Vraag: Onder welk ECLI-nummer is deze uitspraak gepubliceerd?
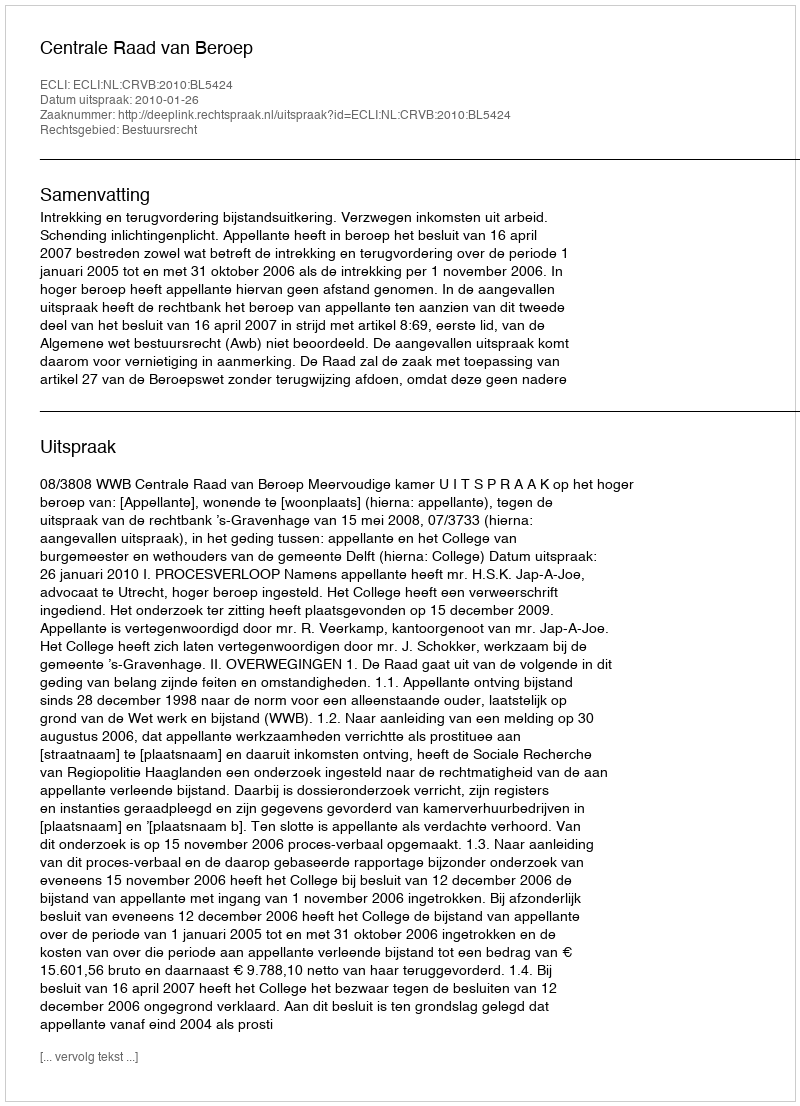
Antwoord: ECLI:NL:CRVB:2010:BL5424